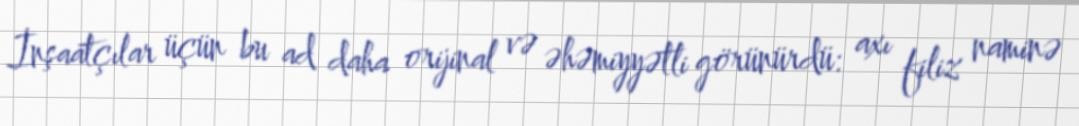
İnşaatçılar üçün bu ad daha orijinal və əhəmiyyətli görünürdü: axı filiz naminə